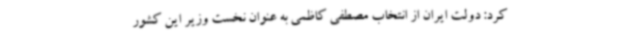
کرد: دولت ایران از انتخاب مصطفی کاظمی به عنوان نخست وزیر این کشور